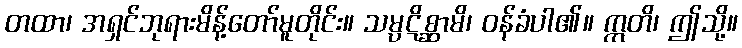
တထာ၊ အရှင်ဘုရားမိန့်တော်မူတိုင်း။ သမ္ပဋိစ္ဆာမိ၊ ဝန်ခံပါ၏။ ဣတိ၊ ဤသို့။